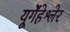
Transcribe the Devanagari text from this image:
यूर्गेंहेश्लेर